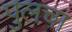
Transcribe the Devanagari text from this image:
पुलचा